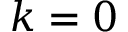
k = 0